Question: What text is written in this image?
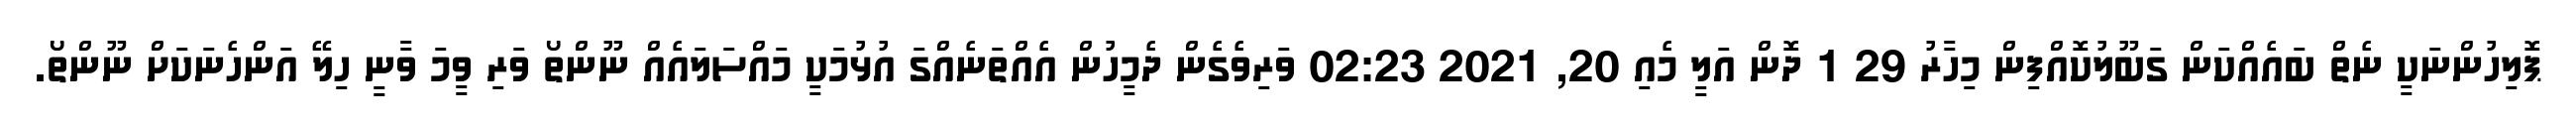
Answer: ޕޮލިހުންނަކީ ނެތް ބައެއްކަން ގަބޫލުކޮއްފިން މިހާރު 29 1 ދޮން އަލީ މެއި 20, 2021 02:23 ވަރިވެގެން ދެމީހުން އެއްތަނެއްގަ އުޅުމަކީ މައްސަލައެއް ނޫންތޯ ވަރި ވީމަ ވާނީ ހިލޭ އަންހެނަކަށް ނޫންތޯ.